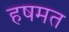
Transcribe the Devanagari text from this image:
हषमत